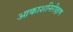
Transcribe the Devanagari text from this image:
आकाशनिरीक्षण